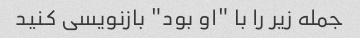
جمله زیر را با "او بود" بازنویسی کنید